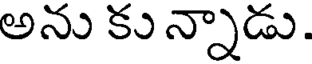
అను కు న్నాడు.